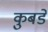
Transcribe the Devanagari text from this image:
कुबडे